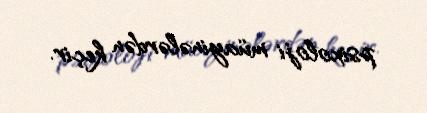
psixoloji müayinələrdən keçir.